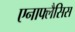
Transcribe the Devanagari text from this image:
एनाफ्लैसिस